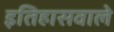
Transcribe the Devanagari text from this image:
इतिहासवाले